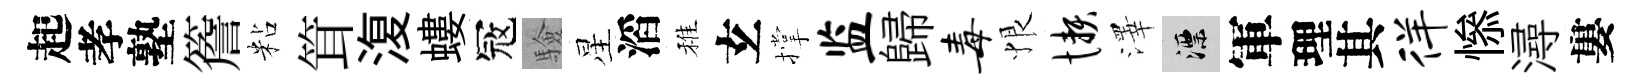
起孝塾簷粘䇯𣸪螻冦驗星滔稚𤣥撑监歸毒恨懒澤漂軍理其徉𢡖潯婁